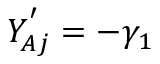
Y _ { A j } ^ { ' } = - \gamma _ { 1 }